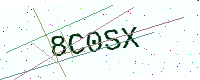
Text: 8C0SX